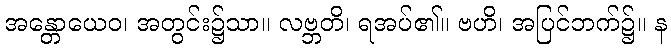
အန္တောယေဝ၊ အတွင်း၌သာ။ လဗ္ဘတိ၊ ရအပ်၏။ ဗဟိ၊ အပြင်ဘက်၌။ န